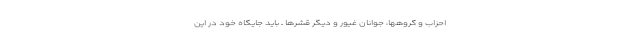
احزاب و گروهها، جوانان غیور و دیگر قشرها ــ باید جایگاه خود در این